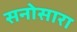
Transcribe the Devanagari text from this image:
सनोसारा